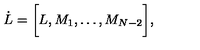
\dot { L } = \biggl \lbrack L , M _ { 1 } , \dots , M _ { N - 2 } \biggl \rbrack ,